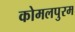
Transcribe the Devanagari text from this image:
कोमलपुरम